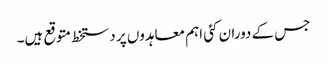
جس کے دوران کئی اہم معاہدوں پر دستخط متوقع ہیں۔